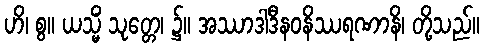
ဟိ၊ စွ။ ယသ္မိံ သုတ္တေ၊ ၌။ အဿာဒါဒီနဝနိဿရဏာနိ၊ တို့သည်။